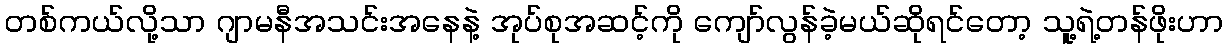
တစ်ကယ်လို့သာ ဂျာမနီအသင်းအနေနဲ့ အုပ်စုအဆင့်ကို ကျော်လွန်ခဲ့မယ်ဆိုရင်တော့ သူ့ရဲ့တန်ဖိုးဟာ